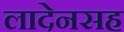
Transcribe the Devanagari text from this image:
लादेनसह